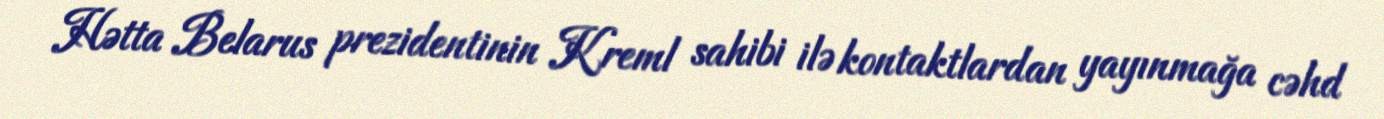
Hətta Belarus prezidentinin Kreml sahibi ilə kontaktlardan yayınmağa cəhd